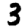
Digit: 3